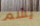
يشم